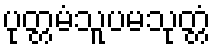
ပုတ္တမံသူပမသုတ္တံ